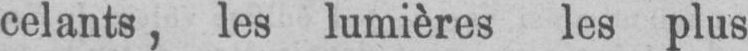
celants, les lumières les plus